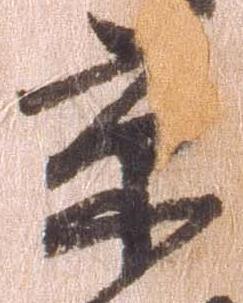
京